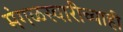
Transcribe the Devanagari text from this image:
मंगळस्वारीच्याही